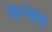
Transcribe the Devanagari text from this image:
कन्वल